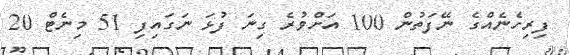
ފިރިހެނެއްގެ ނޭފަތުން 100 އަށްވުރެ ގިނަ ފުޅަ ނަގައިފި 51 މިނެޓް 20